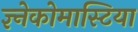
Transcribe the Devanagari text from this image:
ज्ञ्नेकोमास्टिया